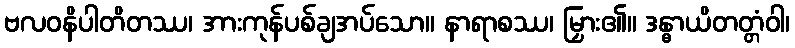
ဗလဝနိပါတိတဿ၊ အားကုန်ပစ်ချအပ်သော။ နာရာစဿ၊ မြှား၏။ ဒန္ဓာယိတတ္တံဝါ၊